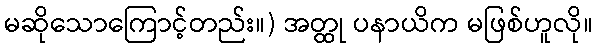
မဆိုသောကြောင့်တည်း။) အတ္ထု ပနာယိက မဖြစ်ဟူလို။